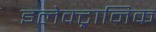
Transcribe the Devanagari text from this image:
इलेक्‍ट्रानिक